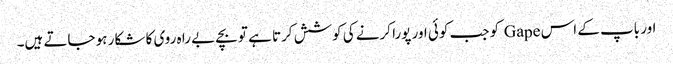
اور باپ کے اس Gape کو جب کوئی اور پورا کرنے کی کوشش کرتا ہے تو بچے بے را ہ روی کا شکار ہو جاتے ہیں۔